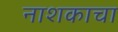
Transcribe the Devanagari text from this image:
नाशकाचा